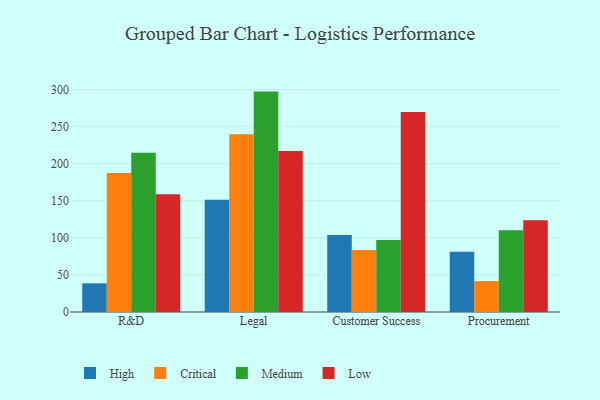
{"axis": {"x": "Department", "y": "Humidity (%)"}, "legend": ["Critical", "High", "Low", "Medium"], "data": [{"x": "R&D", "y": 38.7, "type": "High"}, {"x": "R&D", "y": 187.6, "type": "Critical"}, {"x": "R&D", "y": 214.8, "type": "Medium"}, {"x": "R&D", "y": 158.7, "type": "Low"}, {"x": "Legal", "y": 151.5, "type": "High"}, {"x": "Legal", "y": 239.9, "type": "Critical"}, {"x": "Legal", "y": 297.3, "type": "Medium"}, {"x": "Legal", "y": 217.2, "type": "Low"}, {"x": "Customer Success", "y": 103.7, "type": "High"}, {"x": "Customer Success", "y": 83.7, "type": "Critical"}, {"x": "Customer Success", "y": 97.2, "type": "Medium"}, {"x": "Customer Success", "y": 269.7, "type": "Low"}, {"x": "Procurement", "y": 81.3, "type": "High"}, {"x": "Procurement", "y": 41.7, "type": "Critical"}, {"x": "Procurement", "y": 110.4, "type": "Medium"}, {"x": "Procurement", "y": 123.9, "type": "Low"}]}